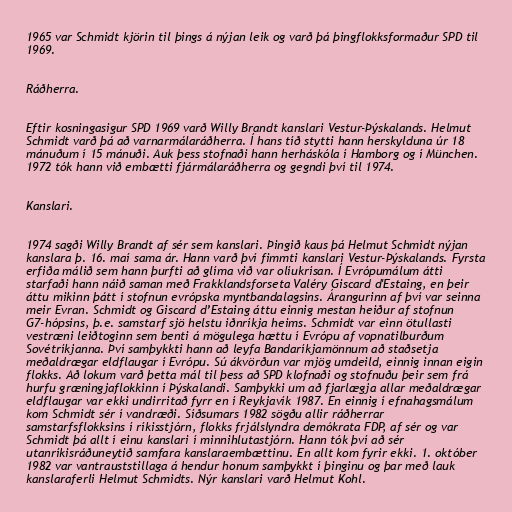
1965 var Schmidt kjörin til þings á nýjan leik og varð þá þingflokksformaður SPD til
1969.

Ráðherra.

Eftir kosningasigur SPD 1969 varð Willy Brandt kanslari Vestur-Þýskalands. Helmut
Schmidt varð þá að varnarmálaráðherra. Í hans tíð stytti hann herskylduna úr 18
mánuðum í 15 mánuði. Auk þess stofnaði hann herháskóla í Hamborg og í München.
1972 tók hann við embætti fjármálaráðherra og gegndi því til 1974.

Kanslari.

1974 sagði Willy Brandt af sér sem kanslari. Þingið kaus þá Helmut Schmidt nýjan
kanslara þ. 16. maí sama ár. Hann varð því fimmti kanslari Vestur-Þýskalands. Fyrsta
erfiða málið sem hann þurfti að glíma við var olíukrísan. Í Evrópumálum átti
starfaði hann náið saman með Frakklandsforseta Valéry Giscard d'Estaing, en þeir
áttu mikinn þátt í stofnun evrópska myntbandalagsins. Árangurinn af því var seinna
meir Evran. Schmidt og Giscard d’Estaing áttu einnig mestan heiður af stofnun
G7-hópsins, þ.e. samstarf sjö helstu iðnríkja heims. Schmidt var einn ötullasti
vestræni leiðtoginn sem benti á mögulega hættu í Evrópu af vopnatilburðum
Sovétríkjanna. Því samþykkti hann að leyfa Bandaríkjamönnum að staðsetja
meðaldrægar eldflaugar í Evrópu. Sú ákvörðun var mjög umdeild, einnig innan eigin
flokks. Að lokum varð þetta mál til þess að SPD klofnaði og stofnuðu þeir sem frá
hurfu græningjaflokkinn í Þýskalandi. Samþykki um að fjarlægja allar meðaldrægar
eldflaugar var ekki undirritað fyrr en í Reykjavík 1987. En einnig í efnahagsmálum
kom Schmidt sér í vandræði. Síðsumars 1982 sögðu allir ráðherrar
samstarfsflokksins í ríkisstjórn, flokks frjálslyndra demókrata FDP, af sér og var
Schmidt þá allt í einu kanslari í minnihlutastjórn. Hann tók því að sér
utanríkisráðuneytið samfara kanslaraembættinu. En allt kom fyrir ekki. 1. október
1982 var vantrauststillaga á hendur honum samþykkt í þinginu og þar með lauk
kanslaraferli Helmut Schmidts. Nýr kanslari varð Helmut Kohl.